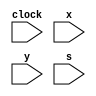
// Testbench for the gcd circuit.
module testGcd(clock,x,y,s);
    parameter	  N = 8;
    parameter	  logN = 3;
    input	  clock;
    input [N-1:0] x,y;
    input	  s;
    reg [N-1:0]	  a,b;
    reg		  start;
    wire	  busy;
    wire [N-1:0]  o;

    // Unit under test.
    gcd #(N,logN) g(clock,start,a,b,busy,o);

    initial begin
	a = 0;
	b = 0;
	start = 0;
    end

    always @ (posedge clock) begin
        a = x;
        b = y;
	start = s;
    end // always @ (posedge clock)

endmodule // testGcd


// GCD circuit for unsigned N-bit numbers
// a[0], b[0], and o[0] are the least significant bits
//
module gcd(clock,start,a,b,busy,o);
    parameter	   N = 8;
    parameter	   logN = 3;
    input	   clock;
    input	   start;
    input [N-1:0]  a;
    input [N-1:0]  b;
    output	   busy;
    output [N-1:0] o;

    reg [logN-1:0] lsb;
    reg [N-1:0]	   x;
    reg [N-1:0]	   y;
    wire	   done;
    wire	   load;
    reg		   busy;
    reg [N-1:0]	   o;

    wire [1:0]     xy_lsb;
    wire [N-1:0]   diff;

    function select;
	input [N-1:0] z;
	input [logN-1:0] lsb;
	begin: _select
	    if (lsb == 3'd0)
	      select = z[0];
	    else if (lsb == 3'd1)
	      select = z[1];
	    else if (lsb == 3'd2)
	      select = z[2];
	    else if (lsb == 3'd3)
	      select = z[3];
	    else if (lsb == 3'd4)
	      select = z[4];
	    else if (lsb == 3'd5)
	      select = z[5];
	    else if (lsb == 3'd6)
	      select = z[6];
	    else
	      select = z[7];
	end // block: _select
    endfunction // select

    assign xy_lsb[1] = select(x,lsb);
    assign xy_lsb[0] = select(y,lsb);
    assign diff = x < y ? y - x : x - y;
    
    initial begin
	busy = 0;
	x = 0;
	y = 0;
	o = 0;
	lsb = 0;
    end // initial begin

    assign done = ((x == y) | (x == 0) | (y == 0)) & busy;

    // Data path.
    always @(posedge clock) begin
	if (load) begin
	    x = a;
	    y = b;
	    lsb = 0;
	end // if (load)
	else if (busy & ~done) begin
	    case (xy_lsb)
	      2'b00:
		  lsb = lsb + 1;
	      2'b01:
		  begin
		  x[N-2:0] = x[N-1:1];
  		  x[N-1] = 0;
		  end
	      2'b10:
		  begin
		  y[N-2:0] = y[N-1:1];
		  y[N-1] = 0;
		  end
	      2'b11: begin
		  if (x < y) begin
		      y[N-2:0] = diff[N-1:1];
                      y[N-1] = 0;
		  end // if (x < y)
		  else begin
		      x[N-2:0] = diff[N-1:1];
 		      x[N-1] = 0;
		  end // else: !if(x < y)
	      end // case: 2b'11
	    endcase // case (xy_lsb)
	end // if (~done)
	else if (done) begin
	    o = (x < y) ? x : y;
	end // else: !if(~done)
    end // always @ (posedge clock)

    assign load = start & ~busy;

    // Controller.
    always @(posedge clock) begin
	if (~busy) begin
	    if (start) begin
		busy = 1;
	    end // if (start)
	end // if (~busy)
	else begin
	    if (done) begin
		busy = 0;
	    end
	end // else: !if(~busy)
    end // always @ (posedge clock)

endmodule // gcd